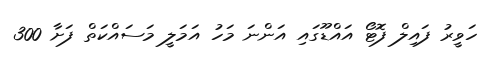
ހަވީރު ފައިލް ފޮޓޯ އައްޑޫގައި އަންނަ މަހު އަމަލީ މަސައްކަތް ފަށާ 300